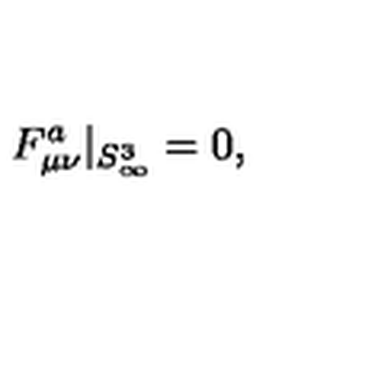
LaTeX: F _ { \mu \nu } ^ { a } | _ { S _ { \infty } ^ { 3 } } = 0 ,